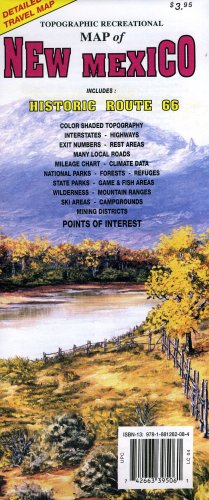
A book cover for Topographic Recreational Map of New Mexico: Detailed Travel Map; GTR Mapping; Travel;